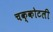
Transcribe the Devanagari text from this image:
चक्कोटली